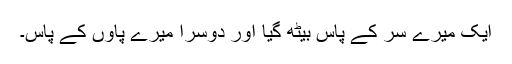
ایک میرے سر کے پاس بیٹھ گیا اور دوسرا میرے پاؤں کے پاس۔